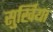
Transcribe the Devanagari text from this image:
सुर्खिया